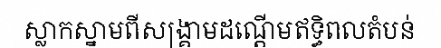
ស្លាកស្នាមពីសង្គ្រាមដណ្តើមឥទ្ធិពលតំបន់